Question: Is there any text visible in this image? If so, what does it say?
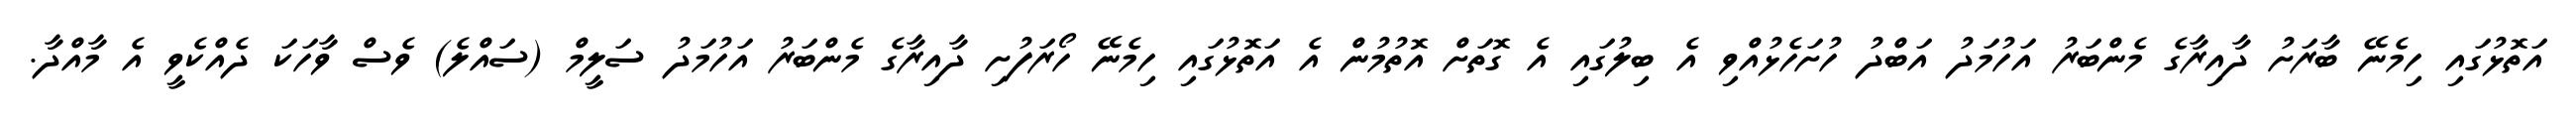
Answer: އަތޮޅުގައި ހިމެނޭ ބާރަށު ދާއިރާގެ މެންބަރު އަހުމަދު އަބްދު ހުށަހެޅުއްވި އެ ބިލުގައި އެ ގޮތަށް އޮތުމުން އެ އަތޮޅުގައި ހިމެނޭ ހޯރަފުށި ދާއިރާގެ މެންބަރު އަހުމަދު ސަލީމް (ސައްލެ) ވެސް ވާހަކަ ދެއްކެވީ އެ މާއްދާ.